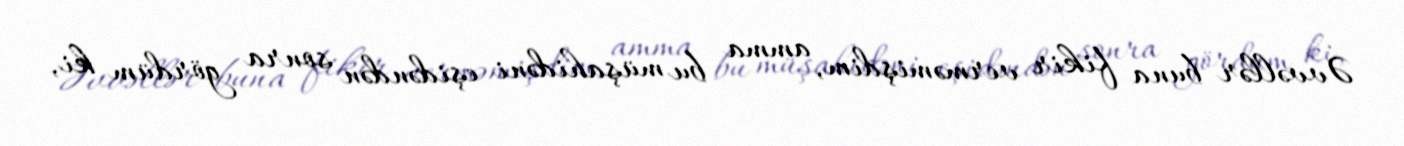
Əvvəllər buna fikir verməmişdim, amma bu müşahidəni eşidəndən sonra gördüm ki,